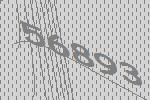
56893